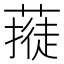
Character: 𱾥